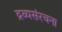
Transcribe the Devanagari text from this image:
द्रव्यसंरचना